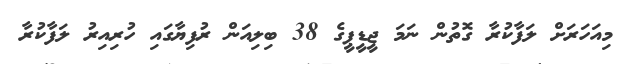
މިއަހަރަށް ލަފާކުރާ ގޮތުން ނަމަ ޖީޑީޕީގެ 38 ބިލިއަން ރުފިޔާގައި ހުރިއިރު ލަފާކުރާ